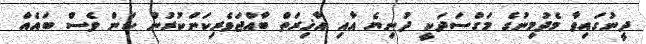
ދީނުގައިވާ މެދުމިނުގެ މަގްސަދަކީ ދުނިޔެ އާއި އާޚިރަތް ބާއްޖަވެރިކަންކުރުން ކަން ވެސް ބައެއް